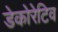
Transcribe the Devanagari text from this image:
डेकोरेटिव